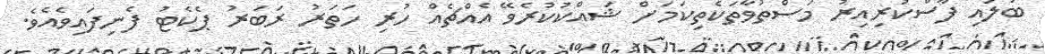
ބަލައި ފާސްކުރިއިރު މަސްތުވާތަކެތިކަމަށް ޝައްކުކުރެވޭ އެއްޗެއް ހުރި ހަތަރު ރަބަރު ޕެކެޓު ފެނިފައިވެއެވެ.